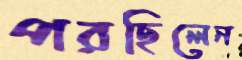
পরছিলেন